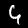
Label: 4